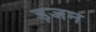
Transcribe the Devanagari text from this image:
ड़जन